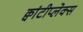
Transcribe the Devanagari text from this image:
क्वांटीप्लेक्स